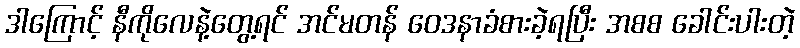
ဒါကြောင့် နီကိုလေနဲ့တွေ့ရင် အင်မတန် ဝေဒနာခံစားခဲ့ရပြီး အစစ ခေါင်းပါးတဲ့